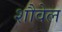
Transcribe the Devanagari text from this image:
शौवेल